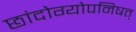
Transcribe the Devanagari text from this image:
छांदोग्योपनिषत्